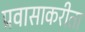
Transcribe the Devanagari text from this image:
प्रवासाकरीता